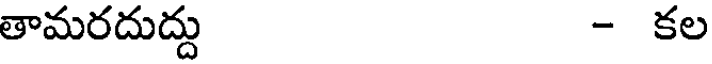
తామరదుద్దు - కల